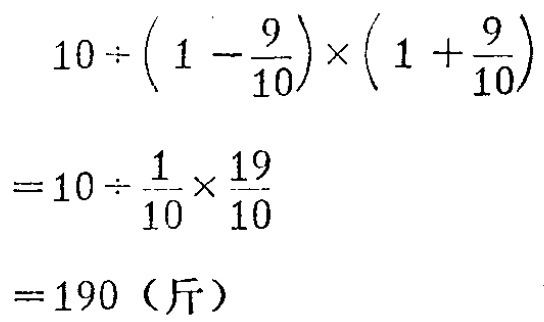
\[
\begin{align*}
&10\div\left(1 - \frac{9}{10}\right)\times\left(1 + \frac{9}{10}\right)\\
=&10\div\frac{1}{10}\times\frac{19}{10}\\
=&190 \text{（斤）}
\end{align*}
\]